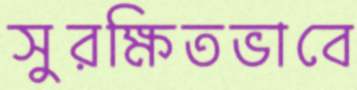
সুরক্ষিতভাবে